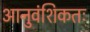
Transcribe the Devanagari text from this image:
आनुवंशिकतः